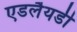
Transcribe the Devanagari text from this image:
एडलैयडी